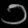
Digit: ၁